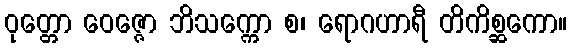
ဝုတ္တော ဝေဇ္ဇော ဘိသက္ကော စ၊ ရောဂဟာရီ တိကိစ္ဆကော။